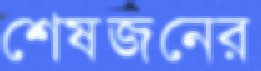
শেষজনের